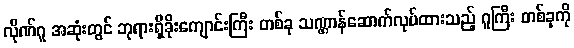
လိုဏ်ဂူ အဆုံးတွင် ဘုရားရှိခိုးကျောင်းကြီး တစ်ခု သဏ္ဌာန်ဆောက်လုပ်ထားသည့် ဂူကြီး တစ်ခုကို